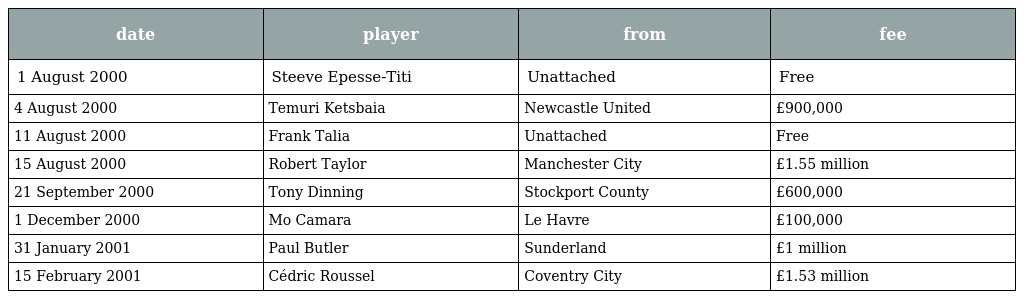
| date | player | from | fee |
 | --- | --- | --- | --- |
 | 1 August 2000 | Steeve Epesse-Titi | Unattached | Free |
 | 4 August 2000 | Temuri Ketsbaia | Newcastle United | £900,000 |
 | 11 August 2000 | Frank Talia | Unattached | Free |
 | 15 August 2000 | Robert Taylor | Manchester City | £1.55 million |
 | 21 September 2000 | Tony Dinning | Stockport County | £600,000 |
 | 1 December 2000 | Mo Camara | Le Havre | £100,000 |
 | 31 January 2001 | Paul Butler | Sunderland | £1 million |
 | 15 February 2001 | Cédric Roussel | Coventry City | £1.53 million |